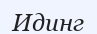
Идинг